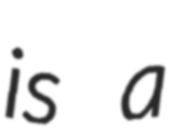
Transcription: is a